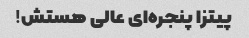
پیتزا پنجره‌ای عالی هستش!